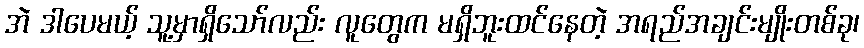
အဲ ဒါပေမယ့် သူ့မှာရှိသော်လည်း လူတွေက မရှိဘူးထင်နေတဲ့ အရည်အချင်းမျိုးတစ်ခု၊